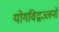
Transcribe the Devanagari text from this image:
योगविद्वज्जनों